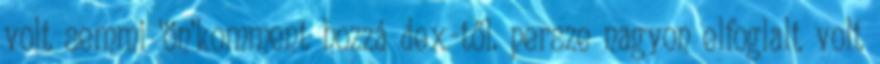
volt semmi ‘ön’komment hozzá dex-től. persze nagyon elfoglalt volt